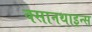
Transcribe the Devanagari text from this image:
क्सानथाइन्स